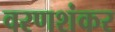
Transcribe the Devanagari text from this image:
वरणशंकर